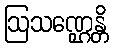
ဩသဏ္ဌေန္တိ